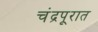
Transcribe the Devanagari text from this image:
चंद्रपूरात